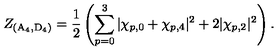
Z _ { ( \mathrm { A } _ { 4 } , \mathrm { D } _ { 4 } ) } = \frac 1 2 \left( \sum _ { p = 0 } ^ { 3 } | \chi _ { p , 0 } + \chi _ { p , 4 } | ^ { 2 } + 2 | \chi _ { p , 2 } | ^ { 2 } \right) .